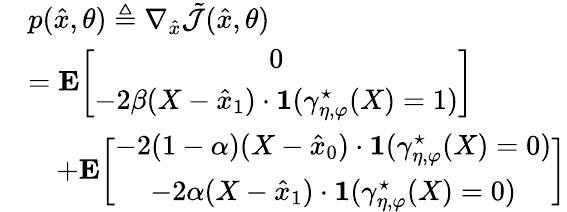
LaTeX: \begin{array}{rl}&{p(\hat{x},\theta)\triangleq\nabla_{\hat{x}}\tilde{\mathcal{J}}(\hat{x},\theta)}\\ &{=\textbf{E}\bigg[\begin{array}{c}{0}\\ {-2\beta(X-\hat{x}_{1})\cdot\mathbf{1}(\gamma_{\eta,\varphi}^{\star}(X)=1)}\end{array}\bigg]}\\ &{\quad+\textbf{E}\bigg[\begin{array}{c}{-2(1-\alpha)(X-\hat{x}_{0})\cdot\mathbf{1}(\gamma_{\eta,\varphi}^{\star}(X)=0)}\\ {-2\alpha(X-\hat{x}_{1})\cdot\mathbf{1}(\gamma_{\eta,\varphi}^{\star}(X)=0)}\end{array}\bigg]}\end{array}